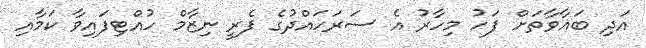
އަދި ބަޣާވާތަށް ފަހު މިހާރު އެ ސަރަހައްދުގެ ފެރީ ނިޒާމް ހުއްޓިފައިވާ ކަމާއި